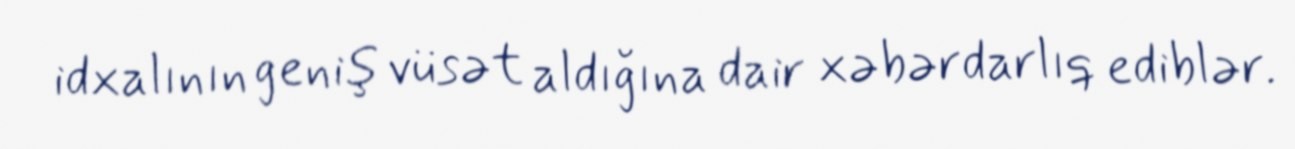
idxalının geniş vüsət aldığına dair xəbərdarlıq ediblər.